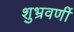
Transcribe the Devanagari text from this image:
शुभ्रवर्णी